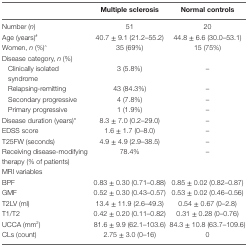
|  | Multiple sclerosis | Normal controls |
 | --- | --- | --- |
 | Number (n) | 51 | 20 |
 | Age (years)# | 40.7 ± 9.1 (21.2–55.2) | 44.8 ± 6.6 (30.0–53.1) |
 | Women, n (%)^ | 35 (69%) | 15 (75%) |
 | Disease category, n (%) |  |  |
 | Clinically isolated syndrome | 3 (5.8%) | – |
 | Relapsing-remitting | 43 (84.3%) | – |
 | Secondary progressive | 4 (7.8%) | – |
 | Primary progressive | 1 (1.9%) | – |
 | Disease duration (years)* | 8.3 ± 7.0 (0.2–29.0) | – |
 | EDSS score | 1.6 ± 1.7 (0–8.0) | – |
 | T25FW (seconds) | 4.9 ± 4.9 (2.9–38.5) | – |
 | Receiving disease-modifying therapy (% of patients) | 78.4% | – |
 | MRI variables |  |  |
 | BPF | 0.83 ± 0.30 (0.71–0.88) | 0.85 ± 0.02 (0.82–0.87) |
 | GMF | 0.52 ± 0.30 (0.43–0.57) | 0.53 ± 0.02 (0.46–0.56) |
 | T2LV (ml) | 13.4 ± 11.9 (2.6–49.3) | 0.54 ± 0.67 (0–2.8) |
 | T1/T2 | 0.42 ± 0.20 (0.11–0.82) | 0.31 ± 0.28 (0–0.76) |
 | UCCA (mm2) | 81.6 ± 9.9 (62.1–103.6) | 84.3 ± 10.8 (63.7–109.6) |
 | CLs (count) | 2.75 ± 3.0 (0–16) | 0 |